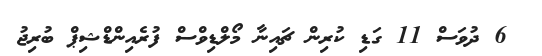
6 ދުވަސް 11 ގަޑި ކުރިން ޗައިނާ މޯލްޑިވްސް ފުރެއިންޑްޝިޕް ބުރިޖު